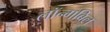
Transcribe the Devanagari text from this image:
लॉन्गबिल